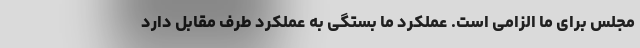
مجلس برای ما الزامی است. عملکرد ما بستگی به عملکرد طرف مقابل دارد